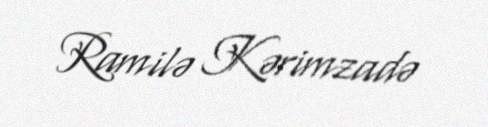
Ramilə Kərimzadə